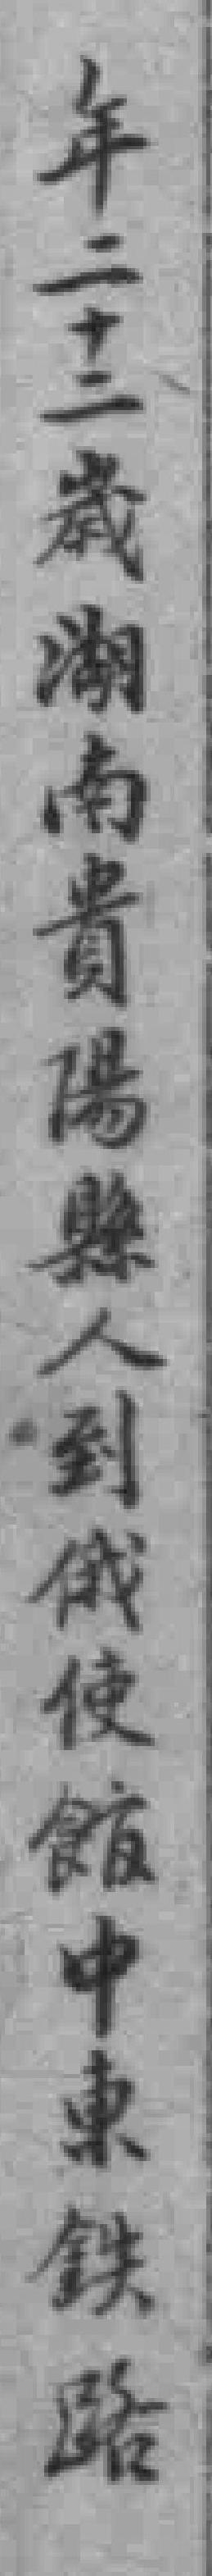
年二十二歲湖南貴陽縣人到俄使*中東鉄路